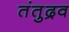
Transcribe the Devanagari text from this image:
तंतुद्रव